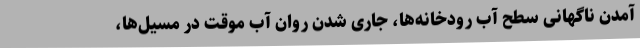
آمدن ناگهانی سطح آب رودخانه‌ها، جاری شدن روان آب موقت در مسیل‌ها،